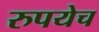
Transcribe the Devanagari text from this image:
रुपयेच